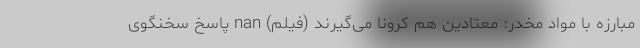
مبارزه با مواد مخدر: معتادین هم کرونا می‌گیرند (فیلم) nan پاسخ سخنگوی